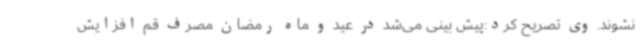
نشوند. وی تصریح کرد:پیش بینی می‌شد در عید و ماه رمضان مصرف قم افزایش